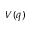
V ( q )